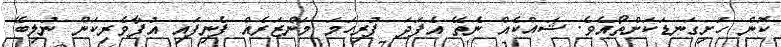
ކޮން ހަށިގަނޑަކަށްތޯއެވެ. ޝައްކެއް ނެތޭ އެފަދަ ފުރިހަމަ މަންޒަރެއް ފެނިފައި އުފާވެރިކަން ނުލިބޭ